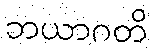
ဘယာဂတိ